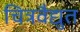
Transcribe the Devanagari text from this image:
चित्रवैद्युत